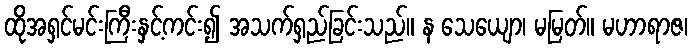
ထိုအရှင်မင်းကြီးနှင့်ကင်း၍ အသက်ရှည်ခြင်းသည်။ န သေယျော၊ မမြတ်။ မဟာရာဇ၊